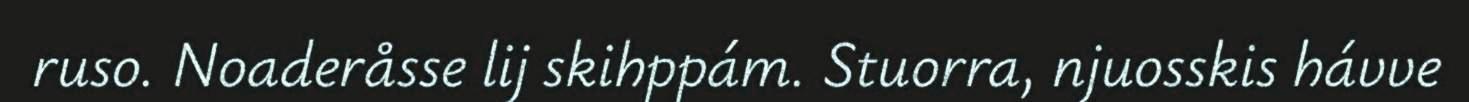
ruso. Noaderåsse lij skihppám. Stuorra, njuosskis hávve